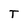
Character: T